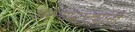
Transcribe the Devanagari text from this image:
अरन्यपट्ट्यांनी